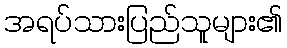
အရပ်သားပြည်သူများ၏